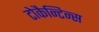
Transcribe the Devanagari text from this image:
टोकैन्टिन्स